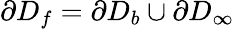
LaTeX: \partial D_{f}=\partial D_{b}\cup\partial D_{\infty}